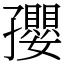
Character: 孾